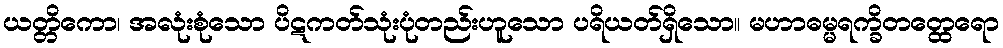
ယတ္တိကော၊ အလုံးစုံသော ပိဋကတ်သုံးပုံတည်းဟူသော ပရိယတ်ရှိသော။ မဟာဓမ္မရက္ခိတတ္ထေရော